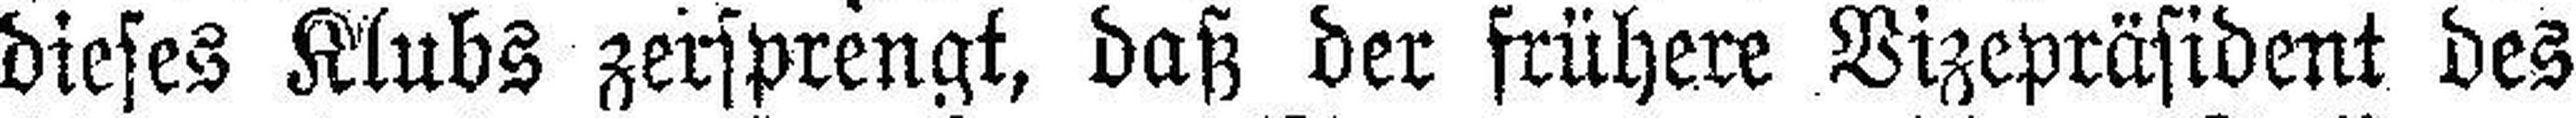
dieses Klubs zersprengt, daß der frühere Vizepräsident des